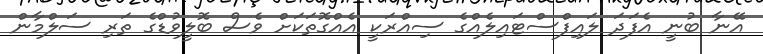
އޭނާ ބުނީ އެފަދަ ލައިފްސްޓައިލެއްގެ ސިއްރަކީ އެއްގޮތަކަށް ވެސް ބޮލީވުޑްގެ ތަރި ސަލްމާން